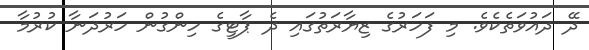
ދޭ ދައުވަތެކެވެ. މި ފަހަރުގެ ޒިޔާރަތުގައި ދެ ޕާޓީގެ ހިންގުން ހަރުދަނާ ކުރުމާ